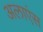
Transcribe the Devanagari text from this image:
अलाएंस